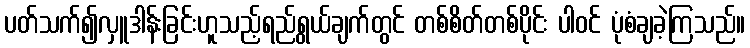
ပတ်သက်၍လှူဒါန်းခြင်းဟူသည့်ရည်ရွယ်ချက်တွင် တစ်စိတ်တစ်ပိုင်း ပါဝင် ပုံစံချခဲ့ကြသည်။